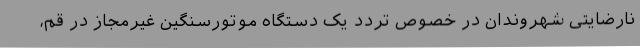
نارضایتی شهروندان در خصوص تردد یک دستگاه موتورسنگین غیرمجاز در قم،